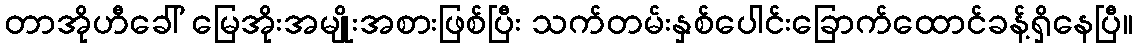
တာအိုဟီခေါ် မြေအိုးအမျိုးအစားဖြစ်ပြီး သက်တမ်းနှစ်ပေါင်းခြောက်ထောင်ခန့်ရှိနေပြီ။